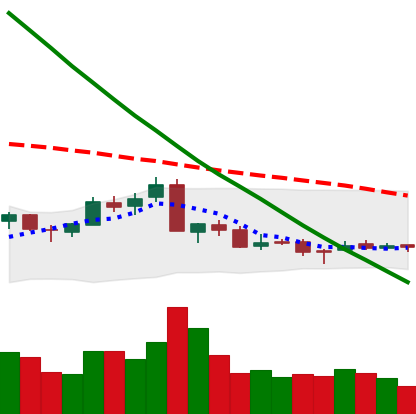
Ticker: NEO-USD
Chart end date: 2018-09-16
Forward return: 9.109%
Label: up_7plus